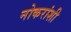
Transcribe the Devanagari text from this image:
नोकरांशी